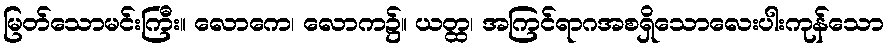
မြတ်သောမင်းကြီး။ လောကေ၊ လောက၌။ ယတ္ထ၊ အကြင်ရာဂအစရှိသောလေးပါးကုန်သော